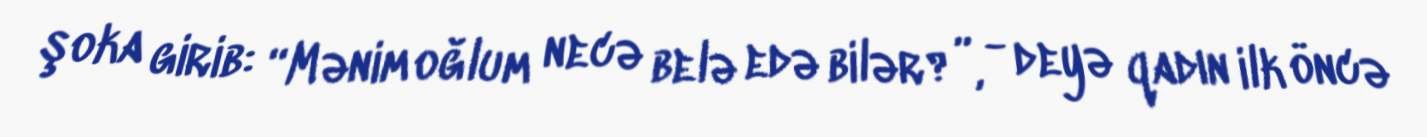
şoka girib: “Mənim oğlum necə belə edə bilər?”, - deyə qadın ilk öncə